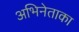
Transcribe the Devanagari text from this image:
अभिनेताका